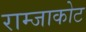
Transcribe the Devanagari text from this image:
राम्जाकोट